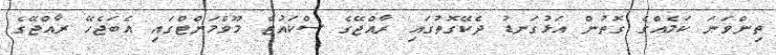
ތިންވަނަ ކަމެއްގެ ގޮތުން އަޅުގަނޑު ދެކޭގޮތުގައި ރާއްޖޭގެ ސްކައުޓް މޫވްމަންޓްގައި އެބަޖެހޭ ރާއްޖޭގެ